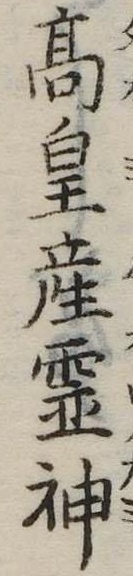
高皇産霊神